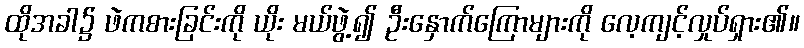
ထိုအခါ၌ ဖဲကစားခြင်းကို ယိုး မယ်ဖွဲ့၍ ဦးနှောက်ကြောများကို လေ့ကျင့်လှုပ်ရှား၏။